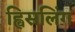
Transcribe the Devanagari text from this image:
ह्विसलिंग